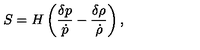
S = H \left( { \frac { \delta p } { \dot { p } } } - { \frac { \delta \rho } { \dot { \rho } } } \right) ,